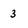
Character: 3